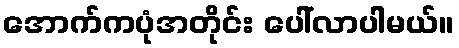
အောက်ကပုံအတိုင်း ပေါ်လာပါမယ်။